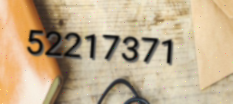
52217371